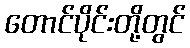
တောင်ပိုင်းတို့တွင်